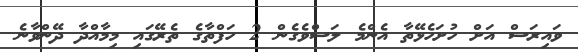
ވައިރަސް އަށް ހުށަހެޅޭތާ އެންމެ ލަސްވެގެން 2 ހަފްތާގެ ތެރޭގައި މިމާއްދާ ދޭންވާނެ